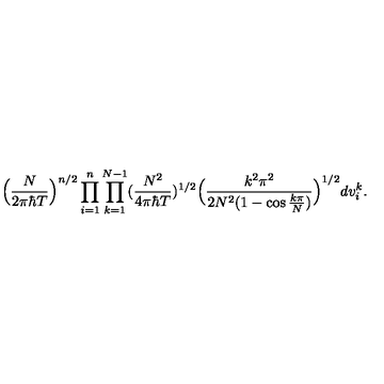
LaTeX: \Big ( \frac { N } { 2 \pi \hbar T } \Big ) ^ { n / 2 } \prod _ { i = 1 } ^ { n } \prod _ { k = 1 } ^ { N - 1 } ( \frac { N ^ { 2 } } { 4 \pi \hbar T } ) ^ { 1 / 2 } \Big ( \frac { k ^ { 2 } \pi ^ { 2 } } { 2 N ^ { 2 } ( 1 - \cos \frac { k \pi } { N } ) } \Big ) ^ { 1 / 2 } d v _ { i } ^ { k } .